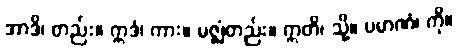
အာဒိ၊ တည်း။ ဣဒံ၊ ကား။ မဇ္ဈံတည်း။ ဣတိ၊ သို့။ ပမာဏံ၊ ကို။